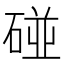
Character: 碰